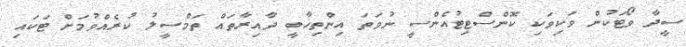
ސީދާ ވޯޓަކުން ވަކިވަކި ކޮންސްޓިޓުއެންސީ ނުވަތަ އިންތިޚާބީ ދާއިރާތައް ތަމްސީލު ކުރެއްވުމަށް ޓަކައި